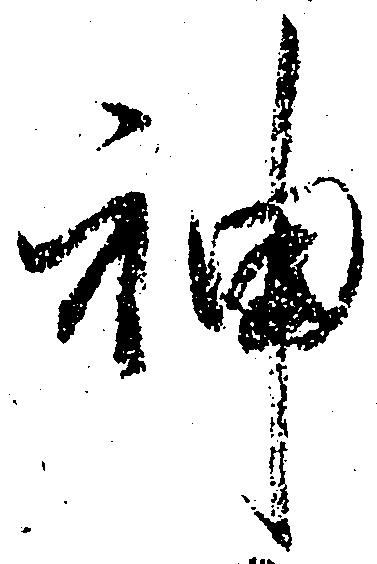
神